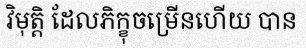
វិមុត្តិ ដែលភិក្ខុចម្រើនហើយ បាន